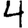
Digit: 4